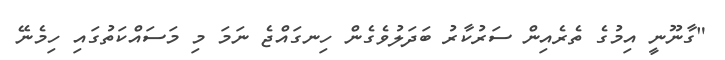
"ގާނޫނީ އިމުގެ ތެރެއިން ސަރުކާރު ބަދަލުވެގެން ހިނގައްޖެ ނަމަ މި މަސައްކަތުގައި ހިމެނޭ